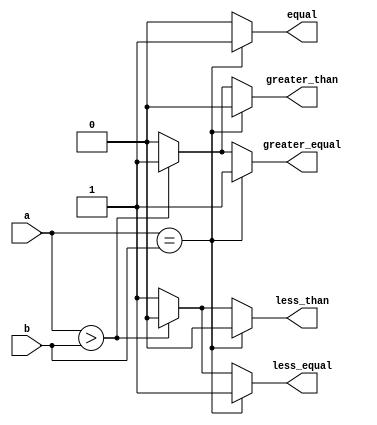
module parameterized_comparator #(
    parameter BIT_WIDTH = 8 // Default bit-width is set to 8
)(
    input [BIT_WIDTH-1:0] a,  // first input
    input [BIT_WIDTH-1:0] b,  // second input
    output reg equal,          // output signal for equality
    output reg greater_than,   // output signal for greater than
    output reg less_than,      // output signal for less than
    output reg greater_equal,   // output signal for greater than or equal
    output reg less_equal      // output signal for less than or equal
);

    // Always block to evaluate input signals
    always @(*) begin
        // Initialize outputs
        equal = 0;
        greater_than = 0;
        less_than = 0;
        greater_equal = 0;
        less_equal = 0;

        // Comparison logic
        if (a == b) begin
            equal = 1;                // a is equal to b
            greater_equal = 1;       // a is greater than or equal to b
            less_equal = 1;          // a is less than or equal to b
        end
        else if (a > b) begin
            greater_than = 1;        // a is greater than b
            greater_equal = 1;       // a is greater than or equal to b
        end
        else begin
            less_than = 1;           // a is less than b
            less_equal = 1;          // a is less than or equal to b
        end
    end

endmodule